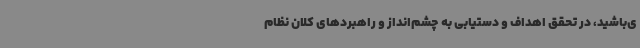
ی‌باشید، در تحقق اهداف و دستیابی به چشم‌انداز و راهبردهای کلان نظام